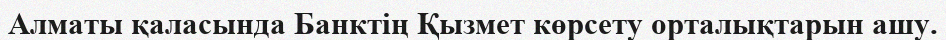
Алматы қаласында Банктің Қызмет көрсету орталықтарын ашу.